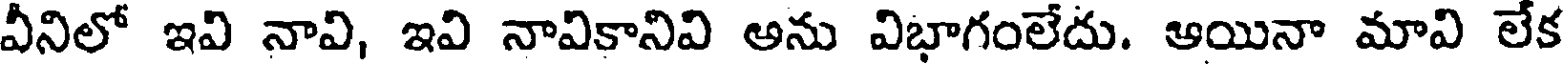
వీనిలో ఇవి నావి, ఇవి నావికానివి అను విభాగంలేదు. ఆయినా మావి లేక